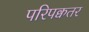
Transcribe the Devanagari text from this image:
परिपक्वतर